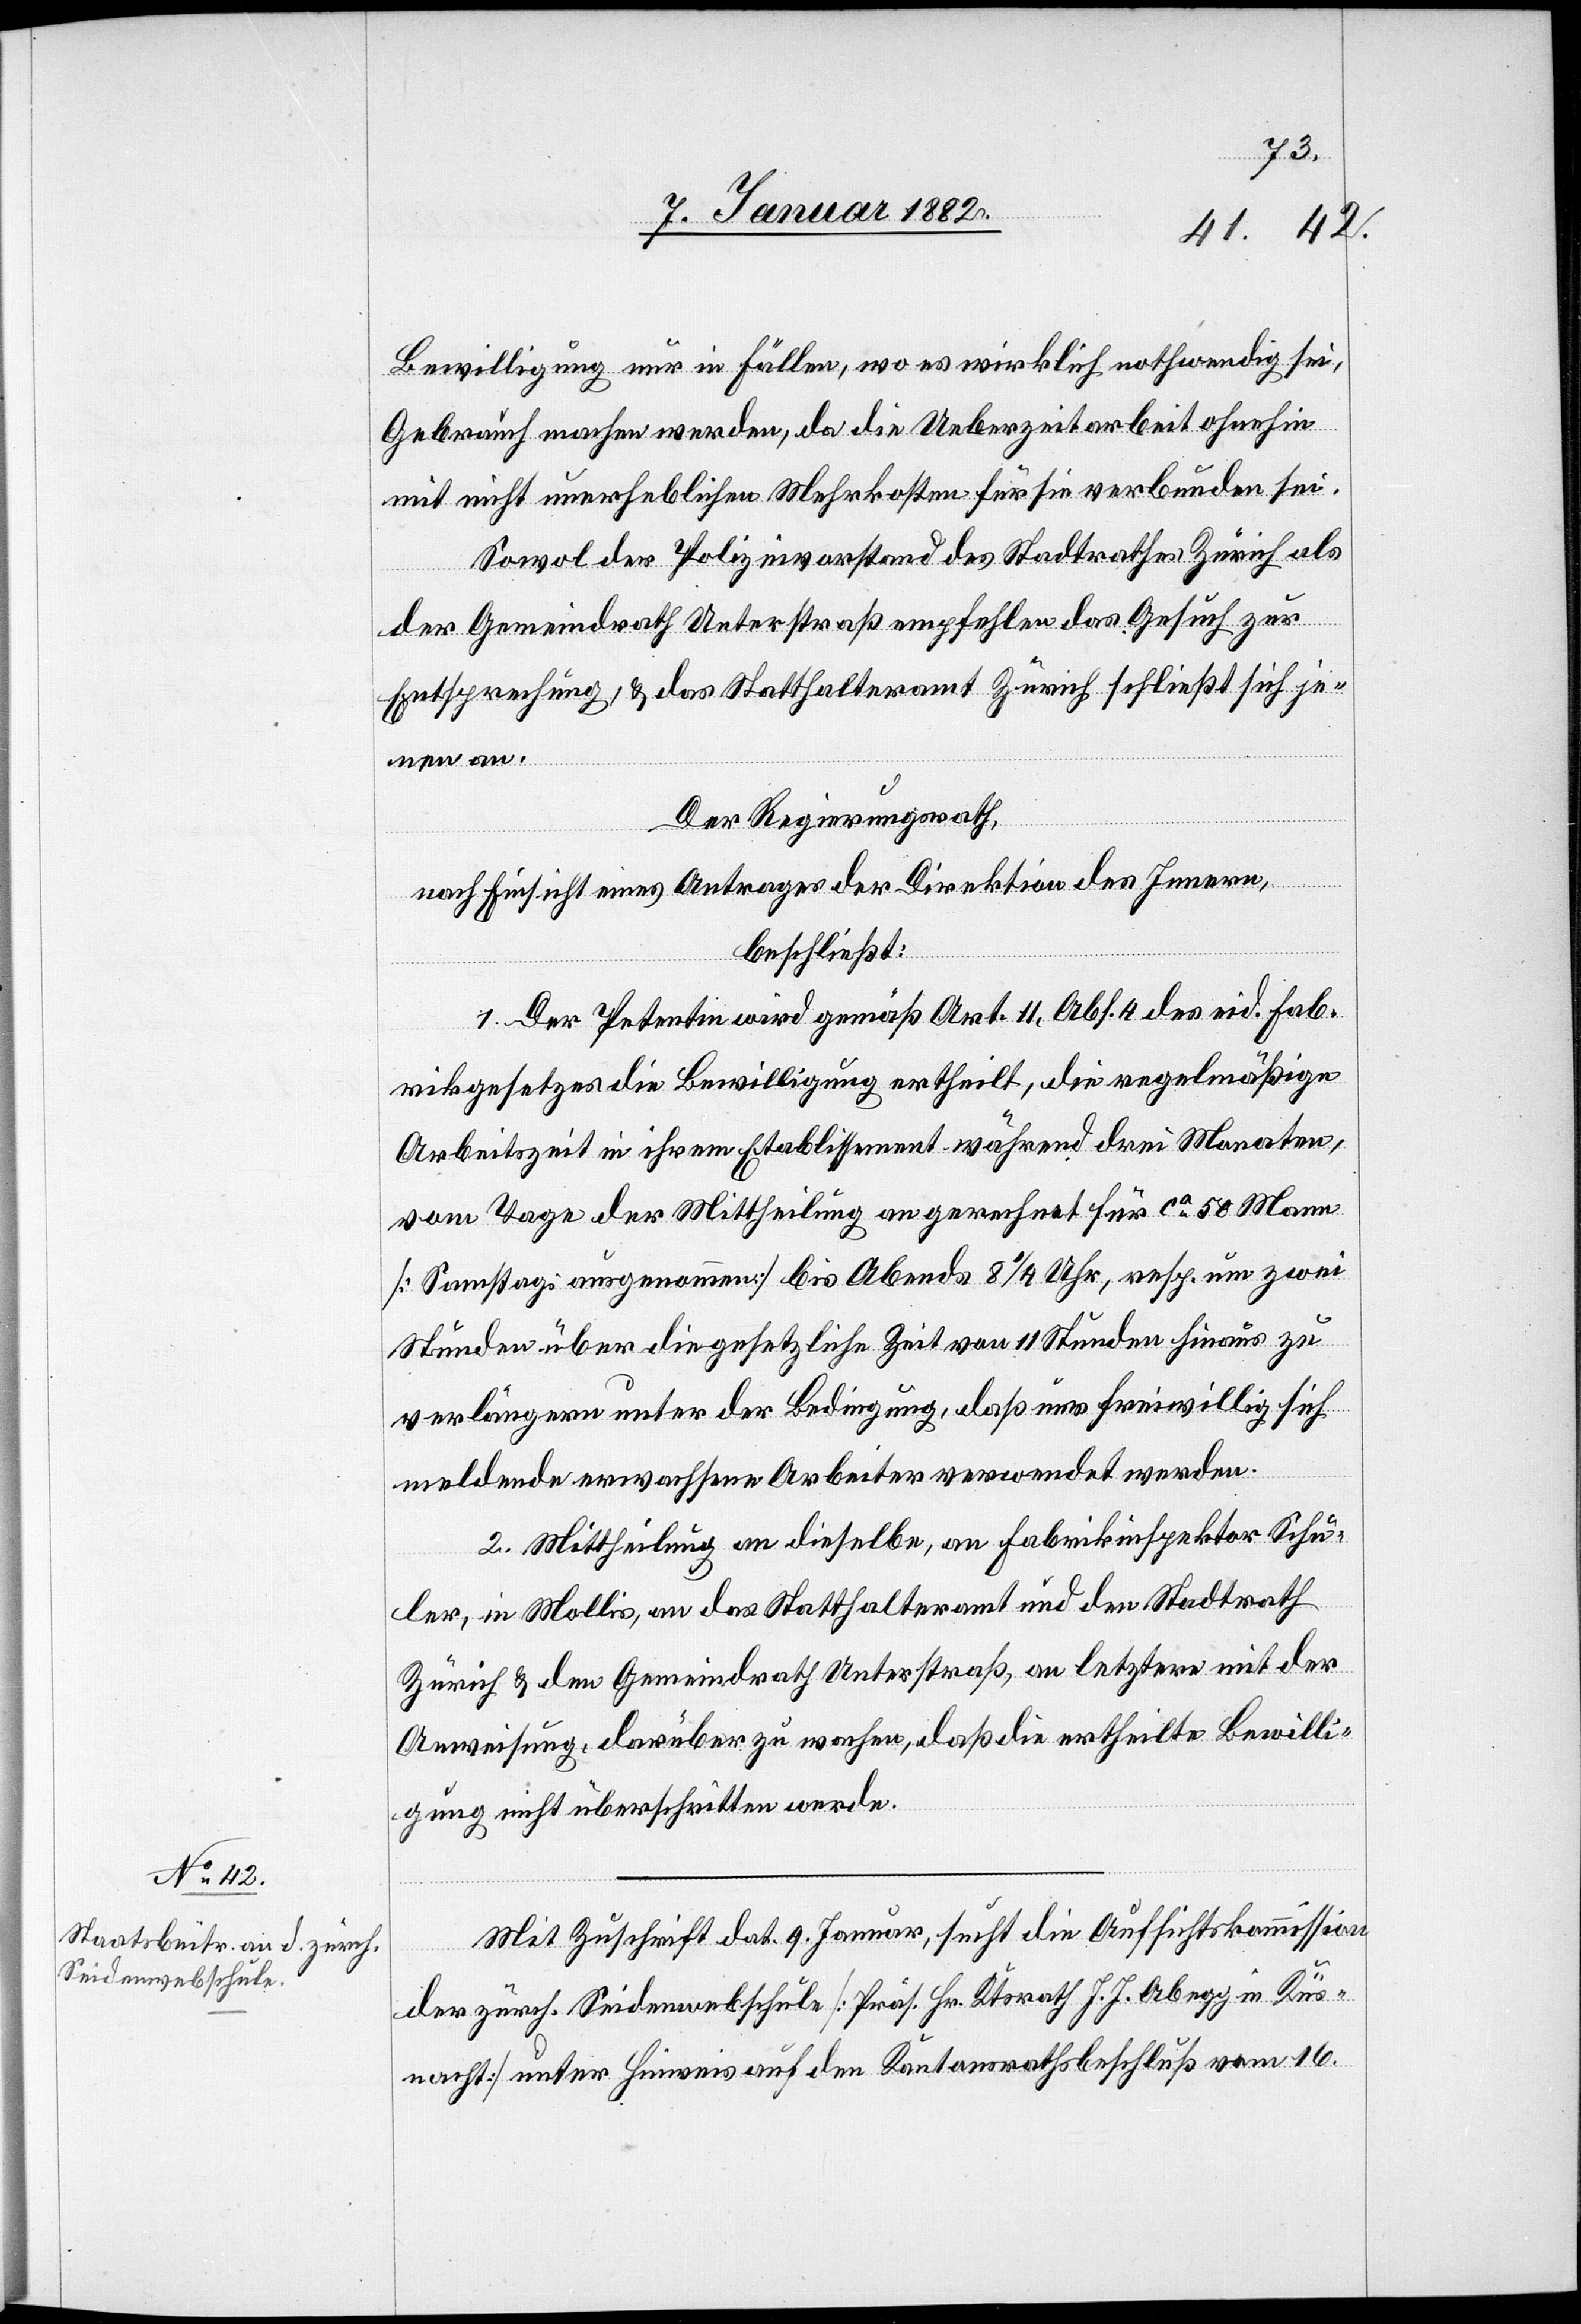
10. Januar 1882.]
Bewilligung nur in Fällen, wo es wirklich nothwendig sei,
Gebrauch machen werden, da die Ueberzeitarbeit ohnehin
mit nicht unerheblichen Mehrkosten für sie verbunden sei.
Sowol der Polizeivorstand des Stadtrathes Zürich als
der Gemeindrath Unterstraß empfehlen das Gesuch zur
Entsprechung, & das Statthalteramt Zürich schließt sich je¬
nen an.
Der Regierungsrath,
nach Einsicht eines Antrages der Direktion des Innern,
beschließt:
1. Der Petentin wird gemäß Art. 11, Abs. 4 des eid. Fab¬
rikgesetzes die Bewilligung ertheilt, die regelmäßige
Arbeitszeit in ihrem Etablissement während drei Monaten,
vom Tage der Mittheilung an gerechnet für ca 50 Mann
[Samstags ausgenommen] 8 1/4 Uhr, resp. um zwei
Stunden über die gesetzliche Zeit von 11 Stunden hinaus zu
verlängern unter der Bedingung, daß nur freiwillig sich
meldende erwachsenen Arbeiter verwendet werden.
2. Mittheilung an dieselbe, an Fabrikinspektor Schu¬
ler, in Mollis, an das Statthalteramt und den Stadtrath
Zürich & den Gemeindrath Unterstraß, an letztere mit der
Anweisung, darüber zu wachen, daß die ertheilte Bewilli¬
gung nicht überschritten werde.
Mit Zuschrift dat. 9. Januar, sucht die Aufsichtskommission
der zürch. Seidenwebschule [Präs. Hr. Ktsrath J. J. Abegg in Küs¬
nacht] unter Hinweis auf den Kantonsrathsbeschluß vom 16.